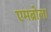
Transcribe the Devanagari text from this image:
एमब्रोला